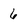
Character: 6